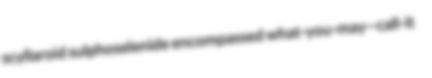
scyllaroid sulphoselenide encompassed what-you-may--call-it